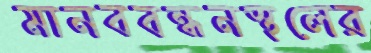
মানববন্ধনস্থলের